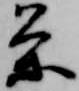
条